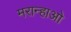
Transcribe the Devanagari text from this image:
मरान्हाओ